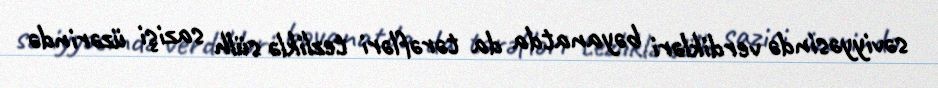
səviyyəsində verdikləri bəyanatda da tərəfləri tezliklə sülh sazişi üzərində